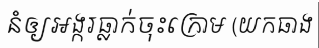
នំឲ្យអង្ករធ្លាក់ចុះក្រោម (យកធាង